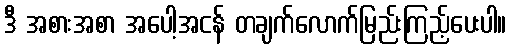
ဒီ အစားအစာ အပေါ့အငန် တချက်လောက်မြည်းကြည့်ပေးပါ။